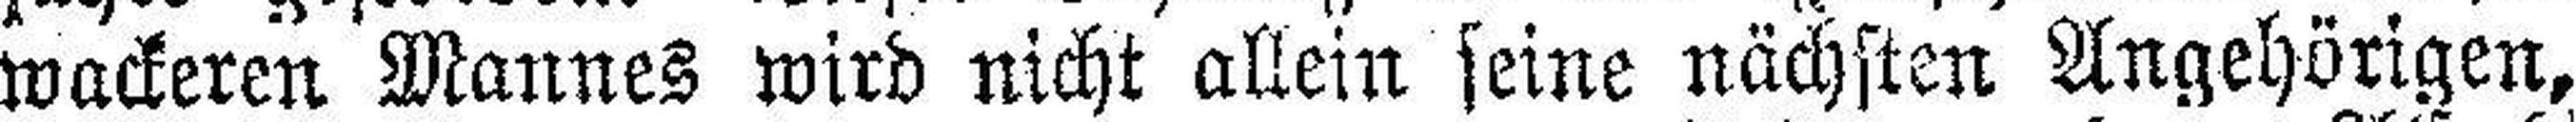
wackeren Mannes wird nicht allein seine nächsten Angehörigen,